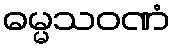
ဓမ္မသဝဏံ